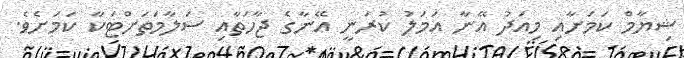
ޝިޔާމް ކަމަށާއި މިއަދު އޭނާ އަމަލު ކުރަނީ އޭނާގެ ޖާހަތާއި ސަލާމަތަށްޓަކާ ކަމަށެވެ.